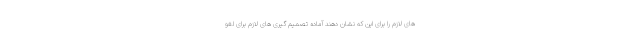
های لازم را برای این که نشان دهند آماده تصمیم گیری های لازم برای لغو